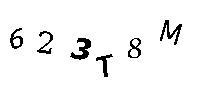
623T8M